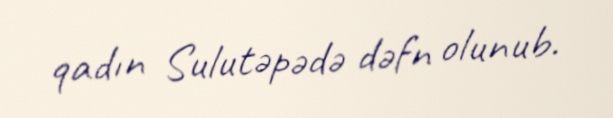
qadın Sulutəpədə dəfn olunub.